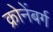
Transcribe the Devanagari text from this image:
क्रोनेंबर्ग